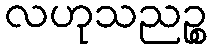
လဟုသညဉ္စ